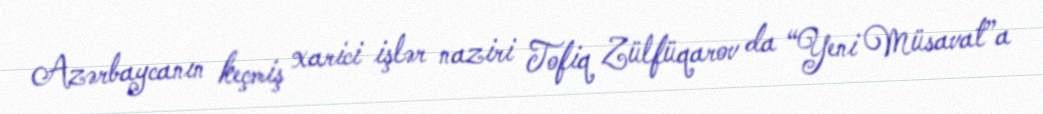
Azərbaycanın keçmiş xarici işlər naziri Tofiq Zülfüqarov da “Yeni Müsavat”a